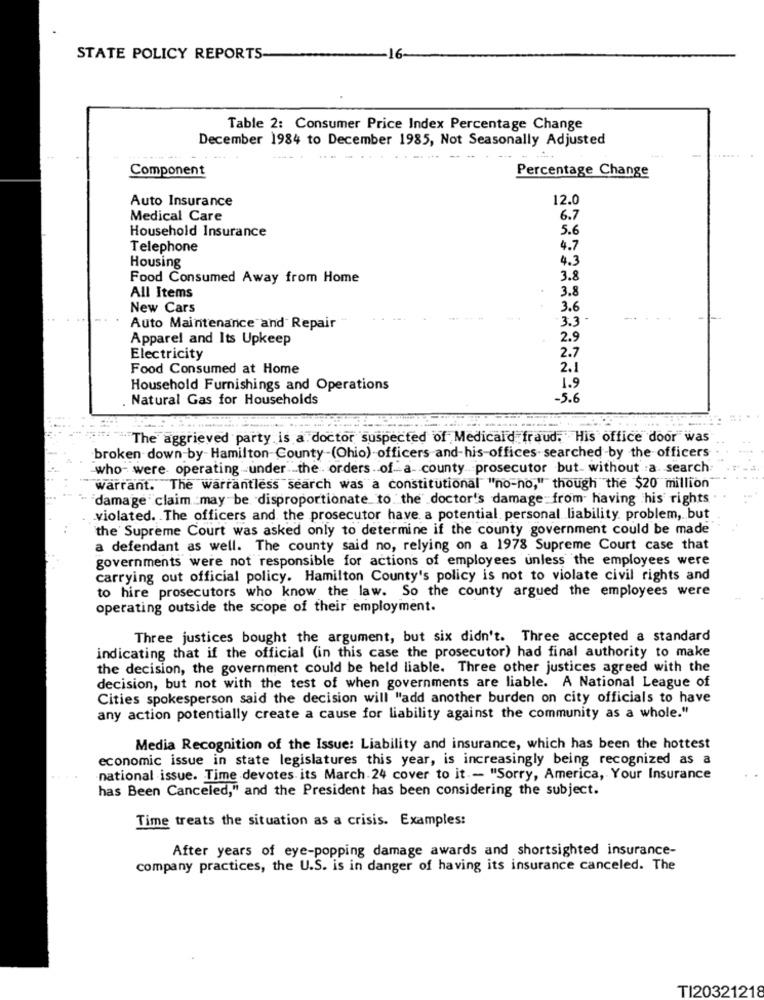
STATE POLICY REPORTS
16-
Table 2: Consumer Price Index Percentage Change
December 1984 to December 1985, Not Seasonally Adjusted
Component
Percentage Change
Auto Insurance
12.0
Medical Care
6.7
Household Insurance
5.6
Telephone
4.7
4.3
Housing
Food Consumed Away from Home
3.8
3.8
All Items
New Cars
3.6
3.3 -
Auto Maintenance and Repair
Apparel and Its Upkeep
2.9
Electricity
2.7
Food Consumed at Home
2.1
Household Furnishings and Operations
1.9
Natural Gas for Households
-5.6
"The aggrieved party is a doctor suspected of Medicaid fraud. His office door was
broken down by-Hamilton County-(Ohio) officers and-his-offices searched -by the officers
who- were operating under the . orders of a- county prosecutor but without a search
warrant. The warrantless search was a constitutional "no-no," though the $20 million
damage claim :may be disproportionate to the doctor's damage from having his rights .
violated. The officers and the prosecutor have a potential personal liability. problem, but
the Supreme Court was asked only to determine if the county government could be made
a defendant as well. The county said no, relying on a 1978 Supreme Court case that
governments were not responsible for actions of employees unless the employees were
carrying out official policy. Hamilton County's policy is not to violate civil rights and
to hire prosecutors who know the law. So the county argued the employees were
operating outside the scope of their employment.
Three justices bought the argument, but six didn't. Three accepted a standard
indicating that if the official (in this case the prosecutor) had final authority to make
the decision, the government could be held liable. Three other justices agreed with the
decision, but not with the test of when governments are liable. A National League of
Cities spokesperson said the decision will "add another burden on city officials to have
any action potentially create a cause for liability against the community as a whole."
Media Recognition of the Issue: Liability and insurance, which has been the hottest
economic issue in state legislatures this year, is increasingly being recognized as a
national issue. Time devotes its March 24 cover to it .- "Sorry, America, Your Insurance
has Been Canceled," and the President has been considering the subject.
Time treats the situation as a crisis. Examples:
After years of eye-popping damage awards and shortsighted insurance-
company practices, the U.S. is in danger of having its insurance canceled. The
TI20321218